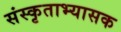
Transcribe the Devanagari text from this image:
संस्कृताभ्यासक